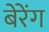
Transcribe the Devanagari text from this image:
बेरेंग